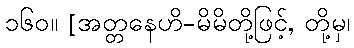
၁၆၀။ [အတ္တနေဟိ-မိမိတို့ဖြင့်, တို့မှ၊